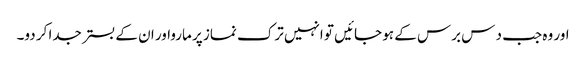
اور وہ جب د س برس کے ہو جائیں تو انہیں ترک نماز پر مارواور ان کے بستر جدا کر دو۔